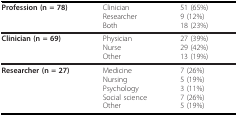
<table><thead><tr><td><b>Profession (n = 78)</b></td><td><b>ClinicianResearcherBoth</b></td><td><b>51 (65%)9 (12%)18 (23%)</b></td></tr></thead><tbody><tr><td><b>Clinician (n = 69)</b></td><td>PhysicianNurseOther</td><td>27 (39%)29 (42%)13 (19%)</td></tr><tr><td><b>Researcher (n = 27)</b></td><td>MedicineNursingPsychologySocial scienceOther</td><td>7 (26%)5 (19%)3 (11%)7 (26%)5 (19%)</td></tr></tbody></table>